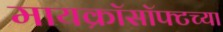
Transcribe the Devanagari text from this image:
मायक्रॉसॉफ्टच्या